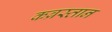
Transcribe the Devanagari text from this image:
कब्रस्‍तान